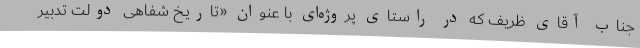
جناب آقای ظریف که در راستای پروژه‌ای با عنوان «تاریخ شفاهی دولت تدبیر